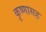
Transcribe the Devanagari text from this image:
कृष्णासह